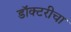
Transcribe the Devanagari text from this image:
डॉक्टरीचा